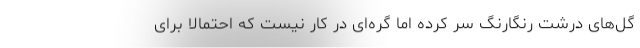
گل‌های درشت رنگارنگ سر کرده اما گره‌ای در کار نیست که احتمالا برای